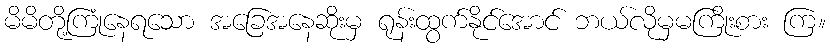
မိမိတို့ကြုံနေရသော အခြေအနေဆိုးမှ ရုန်းထွက်နိုင်အောင် ဘယ်လိုမှမကြိုးစား ကြ။